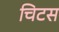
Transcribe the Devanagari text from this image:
चिटस